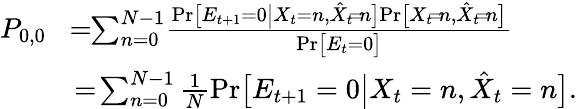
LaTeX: \begin{array}{rl}{P_{0,0}}&{\! =\! \! \sum_{n=0}^{N-1}\! \frac{\mathrm{Pr}\big[E_{t+1}=0\big|X_{t}=n,\hat{X}_{t}\! =\! n\big]\mathrm{Pr}\big[X_{t}\! =\! n,\hat{X}_{t}\! =\! n\big]}{\mathrm{Pr}\big[E_{t}=0\big]}}\\ &{=\! \sum_{n=0}^{N-1}\frac{1}{N}\mathrm{Pr}\big[E_{t+1}=0\big|X_{t}=n,\hat{X}_{t}=n\big].}\end{array}